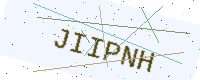
Text: JIIPNH